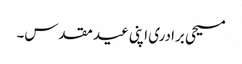
مسیحی برادری اپنی عید مقدس۔